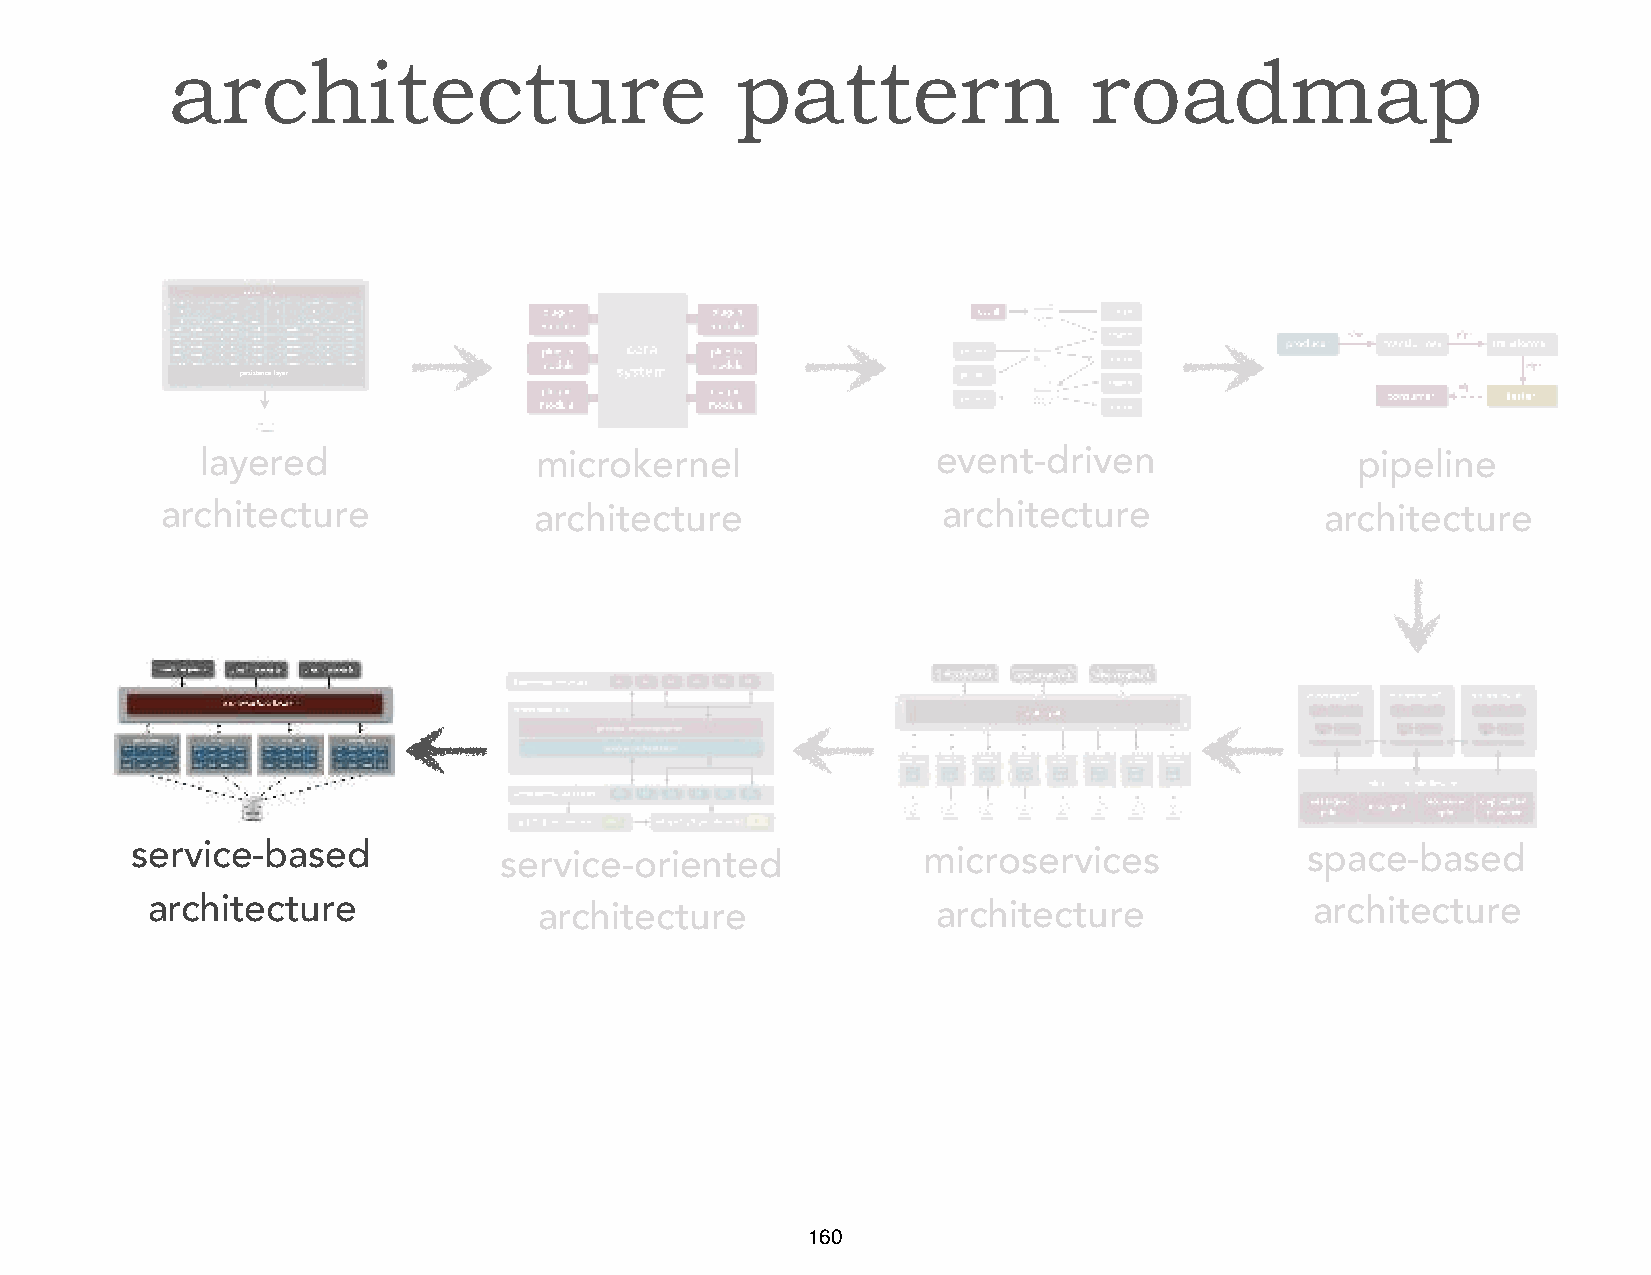
architecture                          pattern                roadmap
 persistence layer
 layered               microkernel                event-driven                pipeline
 architecture            architecture               architecture              architecture
 service-based           service-oriented            microservices            space-based
 architecture              architecture              architecture             architecture
 160